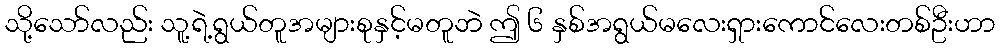
သို့သော်လည်း သူ့ရဲ့ရွယ်တူအများစုနှင့်မတူဘဲ ဤ ၆ နှစ်အရွယ်မလေးရှားကောင်လေးတစ်ဦးဟာ